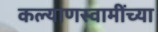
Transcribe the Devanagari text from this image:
कल्याणस्वामींच्या